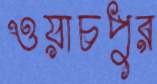
ওয়াচপুর